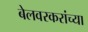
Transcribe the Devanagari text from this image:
बेलवरकरांच्या